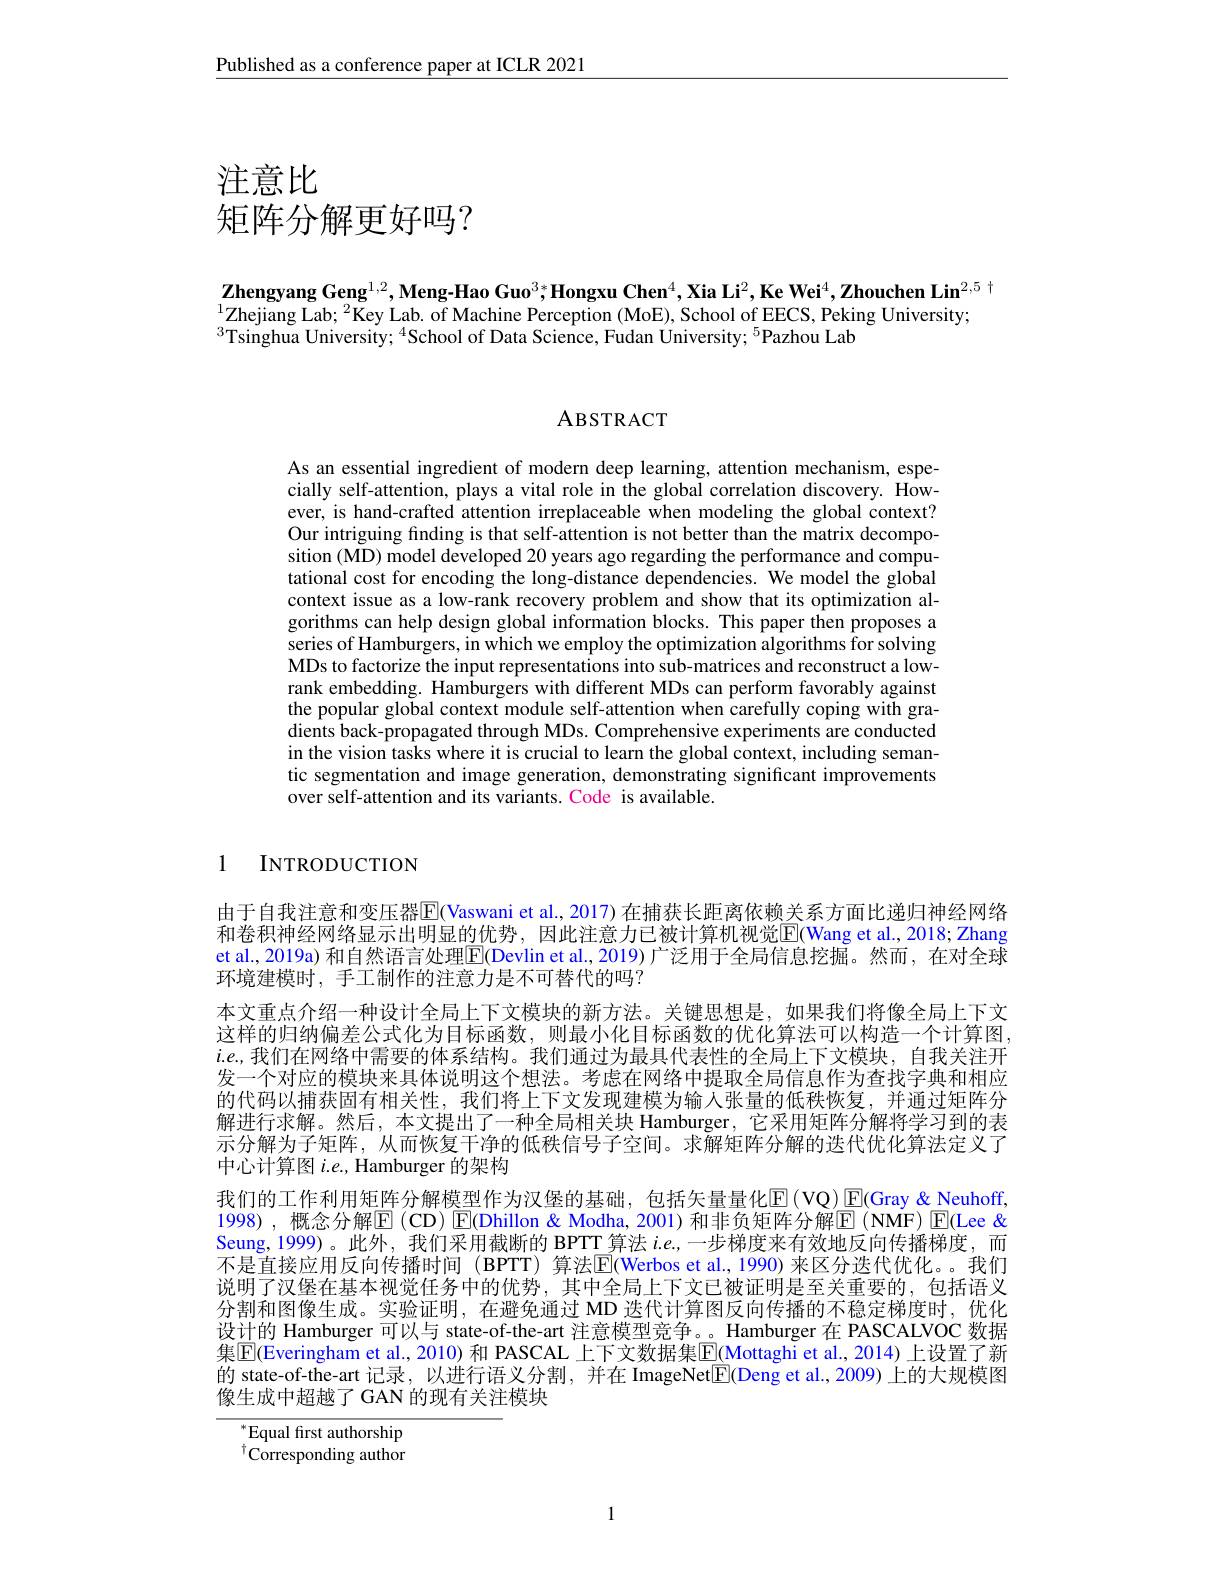
$\underline{\text{Published as a conference paper at ICLR 2021}}$

# 注意比矩阵分解更好吗？

# $\mathbf{Zhengyang~Geng}^{1,2},\mathbf{Meng-Hao~Guo}^{3*}\mathbf{Hongxu~Chen}^{4},\mathbf{Xia~Li}^{2},\mathbf{Ke~Wei}^{4},\mathbf{Zhouchen~Lin}^{2,5}$ $^{1}$Zhejiang Lab; $^2$Key Lab. of Machine Perception (MoE), School of EECS, Peking University; $^{3}$Tsinghua University; $^4$School of Data Science, Fudan University; $^{5}$Pazhou Lab

ABSTRACT

As an essential ingredient of modern deep learning, attention mechanism, especially self-attention, plays a vital role in the global correlation discovery. However, is hand-crafted attention irreplaceable when modeling the global context? Our intriguing finding is that self-attention is not better than the matrix decomposition (MD) model developed 20 years ago regarding the performance and computational cost for encoding the long-distance dependencies. We model the global context issue as a low-rank recovery problem and show that its optimization algorithms can help design global information blocks. This paper then proposes a series of Hamburgers, in which we employ the optimization algorithms for solving MDs to factorize the input representations into sub-matrices and reconstruct a lowrank embedding. Hamburgers with different MDs can perform favorably against the popular global context module self-attention when carefully coping with gradients back-propagated through MDs. Comprehensive experiments are conducted in the vision tasks where it is crucial to learn the global context, including semantic segmentation and image generation, demonstrating significant improvements over self-attention and its variants. Code is available.

1

INTRODUCTION

由于自我注意和变压器$\overline{\mathbb{E}}$(Vaswani et al., 2017) 在捕获长距离依赖关系方面比递归神经网络和卷积神经网络显示出明显的优势，因此注意力已被计算机视觉$\overline{\mathrm{E}}($Wang et al., 2018; Zhang et al., 2019a) 和自然语言处理$\boxed{\mathrm{F}}($Devlin et al., 2019)广泛用于全局信息挖掘。然而，在对全球环境建模时，手工制作的注意力是不可替代的吗？
本文重点介绍一种设计全局上下文模块的新方法。关键思想是，如果我们将像全局上下文这样的归纳偏差公式化为目标函数，则最小化目标函数的优化算法可以构造一个计算图， $i.e.,我们在网络中需要的体系结构。我们通过为最具代表性的全局上下文模块，自我关注开$ 发一个对应的模块来具体说明这个想法。考虑在网络中提取全局信息作为查找字典和相应的代码以捕获固有相关性，我们将上下文发现建模为输人张量的低秩恢复，并通过矩阵分解进行求解。然后，本文提出了一种全局相关块 Hamburger,它采用矩阵分解将学习到的表示分解为子矩阵，从而恢复干净的低秩信号子空间。求解矩阵分解的迭代优化算法定义了中心计算图$i.e.$, Hamburger 的架构
我们的工作利用矩阵分解模型作为汉堡的基础，包括矢量量化$\operatorname{E}(\operatorname{VQ})\operatorname{E}(\operatorname{Gray}\&\operatorname{Neuhoff}$, 1998),概念分解$\mathbb{E}($CD)$\mathbb{E}($Dhillon&Modha,2001)和非负矩阵分解$\mathbb{E}($NMF)$\mathbb{E}($Lee & Seung,1999)。此外，我们采用截断的 BPTT 算法$i.e.$,一步梯度来有效地反向传播梯度，而不是直接应用反向传播时间 (BPTT) 算法$\overline{\mathrm{E}}$(Werbos et al,1990)来区分迭代优化。。我们说明了汉堡在基本视觉任务中的优势，其中全局上下文已被证明是至关重要的，包括语义分割和图像生成。实验证明，在避免通过 MD 迭代计算图反向传播的不稳定梯度时，优化设计的 Hamburger 可以与 state-of-the-art 注意模型竞争。。Hamburger 在 PASCALVOC 数据集$\overline{\mathbb{E}}$(Everingham et al, 2010)和 PASCAL 上下文数据集$\overline{\mathbb{E}}$(Mottaghi et al., 2014) 上设置了新的 state-of-the-art 记录，以进行语义分割，并在 ImageNet$\boxed{\mathrm{F}}($Deng et al., 2009) 上的大规模图像生成中超越了 GAN 的现有关注模块

$^*$Equal first authorship $^{\dagger}$Corresponding author

1